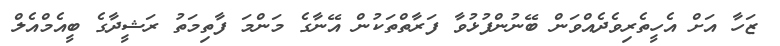
ޒަހާ އަށް އެހީތެރިވެދެއްވަން ބޭނުންފުޅުވާ ފަރާތްތަކުން އޭނާގެ މަންމަ ފާތިމަތު ރަޝީދާގެ ބީއެމްއެލް